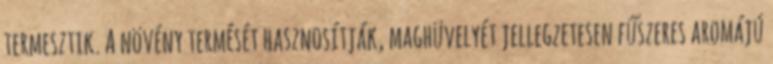
termesztik. A növény termését hasznosítják, maghüvelyét jellegzetesen fűszeres aromájú